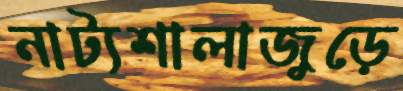
নাট্যশালাজুড়ে